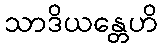
သာဒိယန္တေဟိ